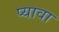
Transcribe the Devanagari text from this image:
प्यावा